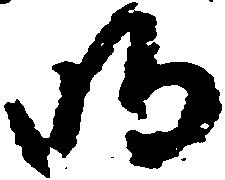
明